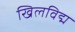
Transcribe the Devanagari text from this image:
खिलविद्म